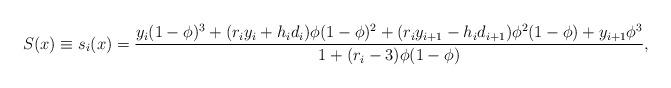
LaTeX: \begin{align*}S(x)\equiv s_i(x) = \frac{ y_i (1-\phi)^3 + (r_i y_i + h_i d_i)\phi (1- \phi)^2 + (r_i y_{i+1} - h_i d_{i+1}) \phi^2 (1-\phi) +y_{i+1} \phi^3 }{1 + (r_i -3) \phi(1-\phi)},\end{align*}